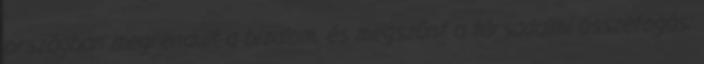
országban megrendült a bizalom, és megszűnt a társadalmi összefogás;